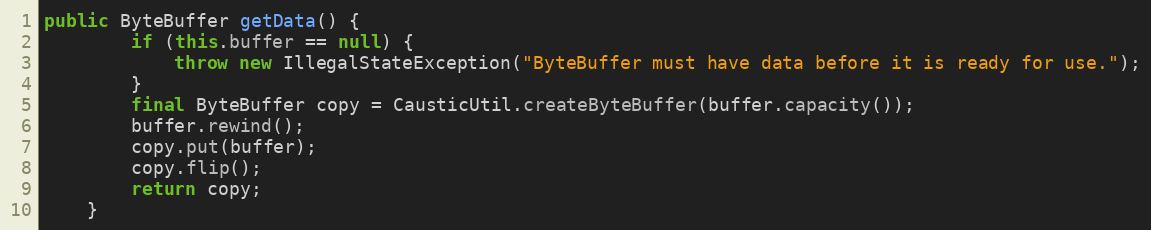
Language: Java
public ByteBuffer getData() {
        if (this.buffer == null) {
            throw new IllegalStateException("ByteBuffer must have data before it is ready for use.");
        }
        final ByteBuffer copy = CausticUtil.createByteBuffer(buffer.capacity());
        buffer.rewind();
        copy.put(buffer);
        copy.flip();
        return copy;
    }